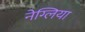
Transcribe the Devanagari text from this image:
नेग्लिया